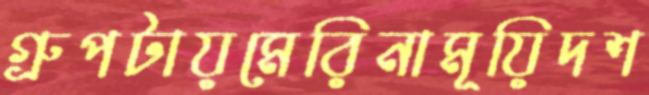
গ্রুপটায়মেরিনামূয়িদশ